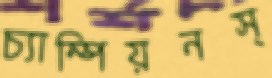
চ্যাম্পিয়নস্